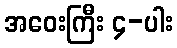
အဝေးကြီး ၄-ပါး